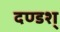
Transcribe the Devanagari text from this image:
दण्डश्